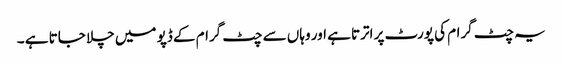
یہ چٹ گرام کی پورٹ پر اترتا ہے اور وہاں سے چٹ گرام کے ڈپو میں چلا جاتا ہے ۔